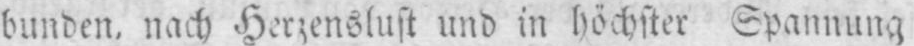
bunden, nach Herzenslust und in höchster Spannung